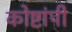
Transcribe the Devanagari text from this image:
कोष्टांपी